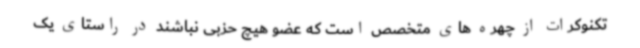
تکنوکرات از چهره های متخصص است که عضو هیچ حزبی نباشند در راستای یک